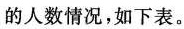
的人数情况，如下表。